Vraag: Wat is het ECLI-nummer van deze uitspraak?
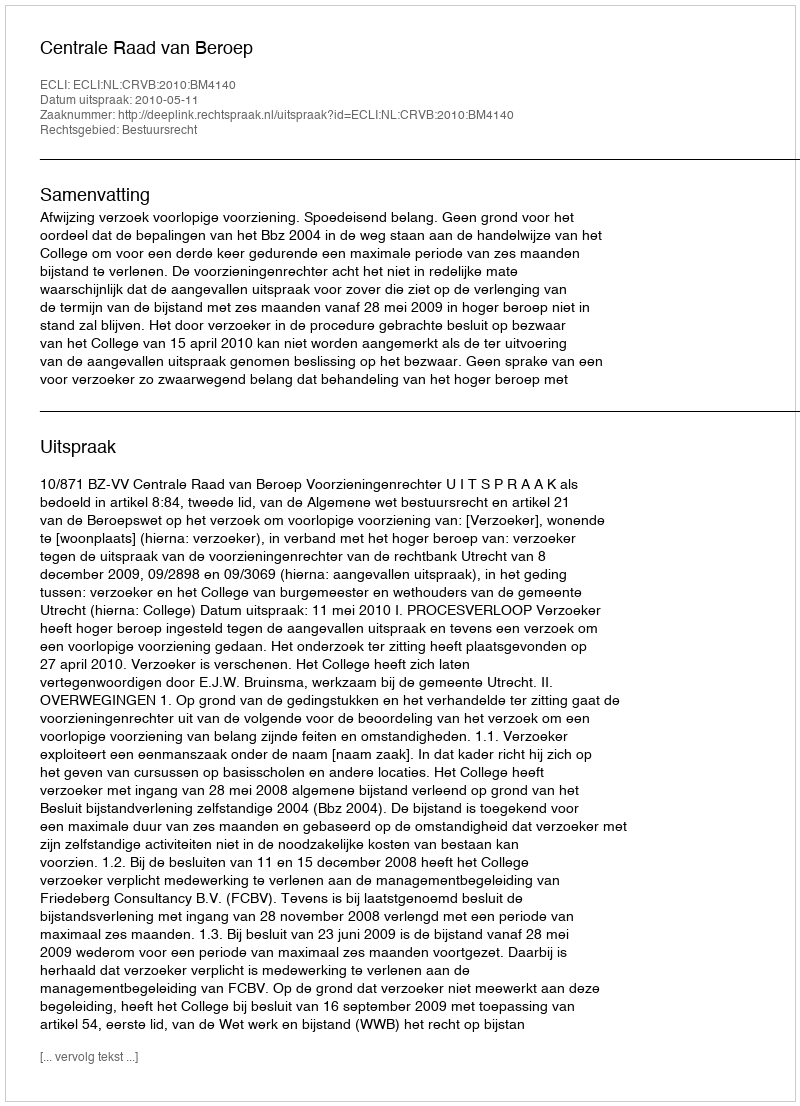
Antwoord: ECLI:NL:CRVB:2010:BM4140